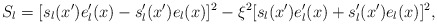
\begin{align*}S_l=[s_l(x')e'_l(x)-s_l'(x')e_l(x)]^2-\xi^2[s_l(x')e'_l(x)+s_l'(x')e_l(x)]^2,\end{align*}